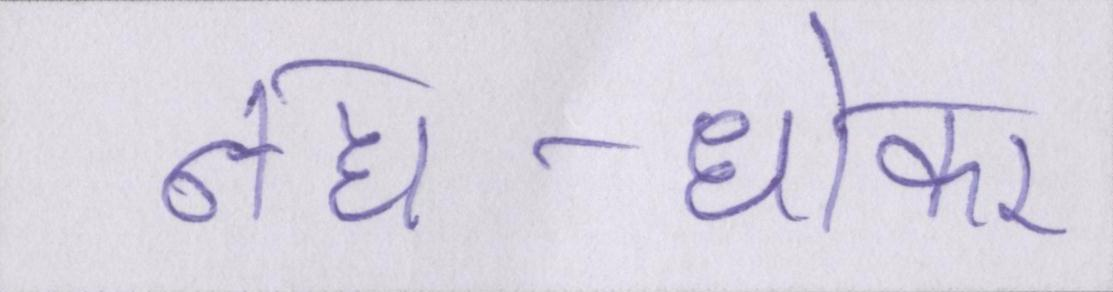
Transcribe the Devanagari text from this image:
नहा-धोकर